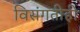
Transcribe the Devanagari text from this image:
विसंगतीही